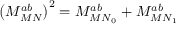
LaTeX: \left( M _ { M N } ^ { a b } \right) ^ { 2 } = M _ { { M N } _ { 0 } } ^ { a b } + M _ { { M N } _ { 1 } } ^ { a b }